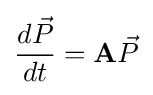
{\frac {d{\vec {P}}}{dt}}=\mathbf {A} {\vec {P}}